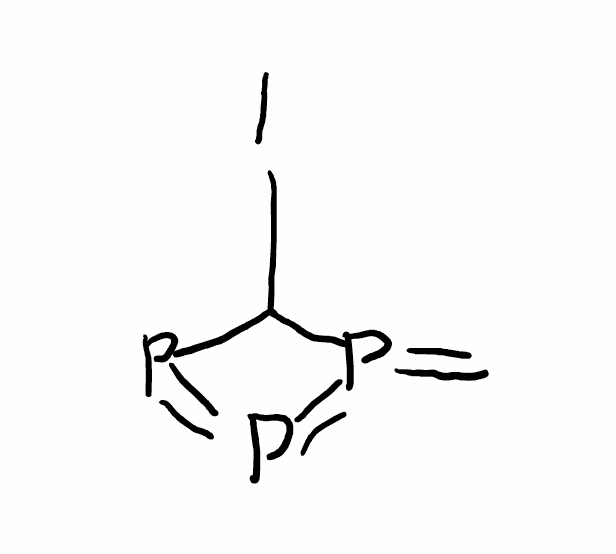
Simplified molecular-input line-entry system (SMILES) notation of the given molecule:
C=P1=P2=PC12I